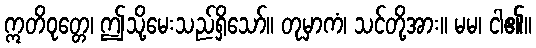
ဣတိဝုတ္တေ၊ ဤသို့မေးသည်ရှိသော်။ တုမှာကံ၊ သင်တို့အား။ မမ၊ ငါ၏။